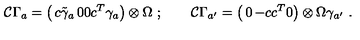
{ \cal C } \Gamma _ { a } = \left( \begin{matrix} { c \tilde { \gamma } _ { a } } & { 0 } \\ { 0 } & { c ^ { T } \gamma _ { a } } \\ \end{matrix} \right) \otimes \Omega \ ; \qquad { \cal C } \Gamma _ { a ^ { \prime } } = \left( \begin{matrix} { 0 } & { - c } \\ { c ^ { T } } & { 0 } \\ \end{matrix} \right) \otimes \Omega \gamma _ { a ^ { \prime } } \ .